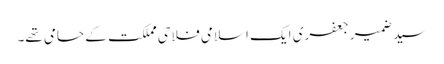
سید ضمیر جعفری ایک اسلامی فلاحی مملکت کے حامی تھے۔